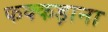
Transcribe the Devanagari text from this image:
फक्‍कड़ाना